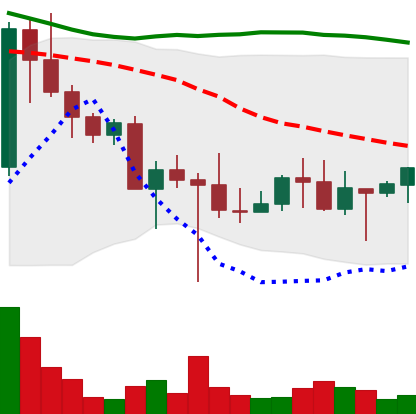
Ticker: DOGE-USD
Chart end date: 2022-10-23
Forward return: 39.024%
Label: up_7plus